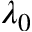
\lambda _ { 0 }